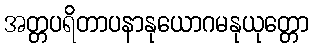
အတ္တပရိတာပနာနုယောဂမနုယုတ္တော